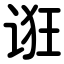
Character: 诳